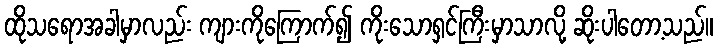
ထိုသရောအခါမှာလည်း ကျားကိုကြောက်၍ ကိုးသောရှင်ကြီးမှာသာလို့ ဆိုးပါတော့သည်။